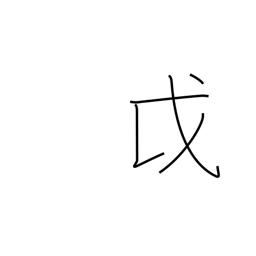
Meaning: Ainu